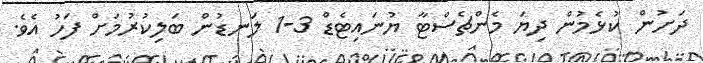
ދަށުން ކުޅެމުން ދިޔަ މެންޗެސްޓާ ޔުނައިޓެޑް 3-1 ލަނޑުން ބަލިކުރުމަށް ފަހު އެވެ.